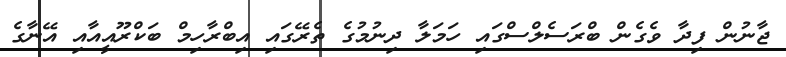
ޖާނުން ފިދާ ވެގެން ބްރަސެލްސްގައި ހަމަލާ ދިނުމުގެ ތެރޭގައި އިބްރާހިމް ބަކްރޫއީއާއި އޭނާގެ